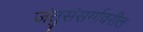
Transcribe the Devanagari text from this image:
जंतुसंसर्गावरील